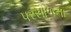
પરસાળના